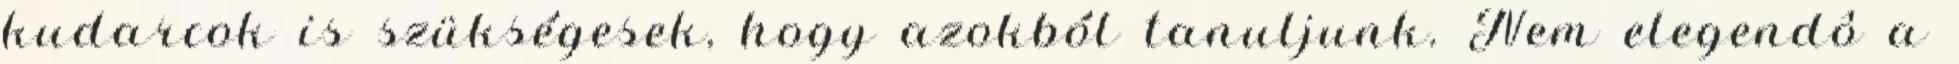
kudarcok is szükségesek, hogy azokból tanuljunk. Nem elegendô a